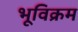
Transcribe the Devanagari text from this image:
भूविक्रम